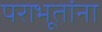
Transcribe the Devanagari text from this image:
पराभूतांना